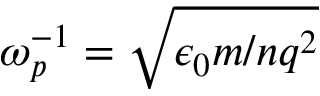
\omega _ { p } ^ { - 1 } = \sqrt { \epsilon _ { 0 } m / n q ^ { 2 } }